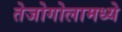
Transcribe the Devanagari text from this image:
तेजोगोलामध्ये